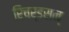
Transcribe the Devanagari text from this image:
रिचर्डसन्